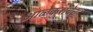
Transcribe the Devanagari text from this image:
आळेकरांचेच